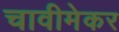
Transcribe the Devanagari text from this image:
चावीमेकर